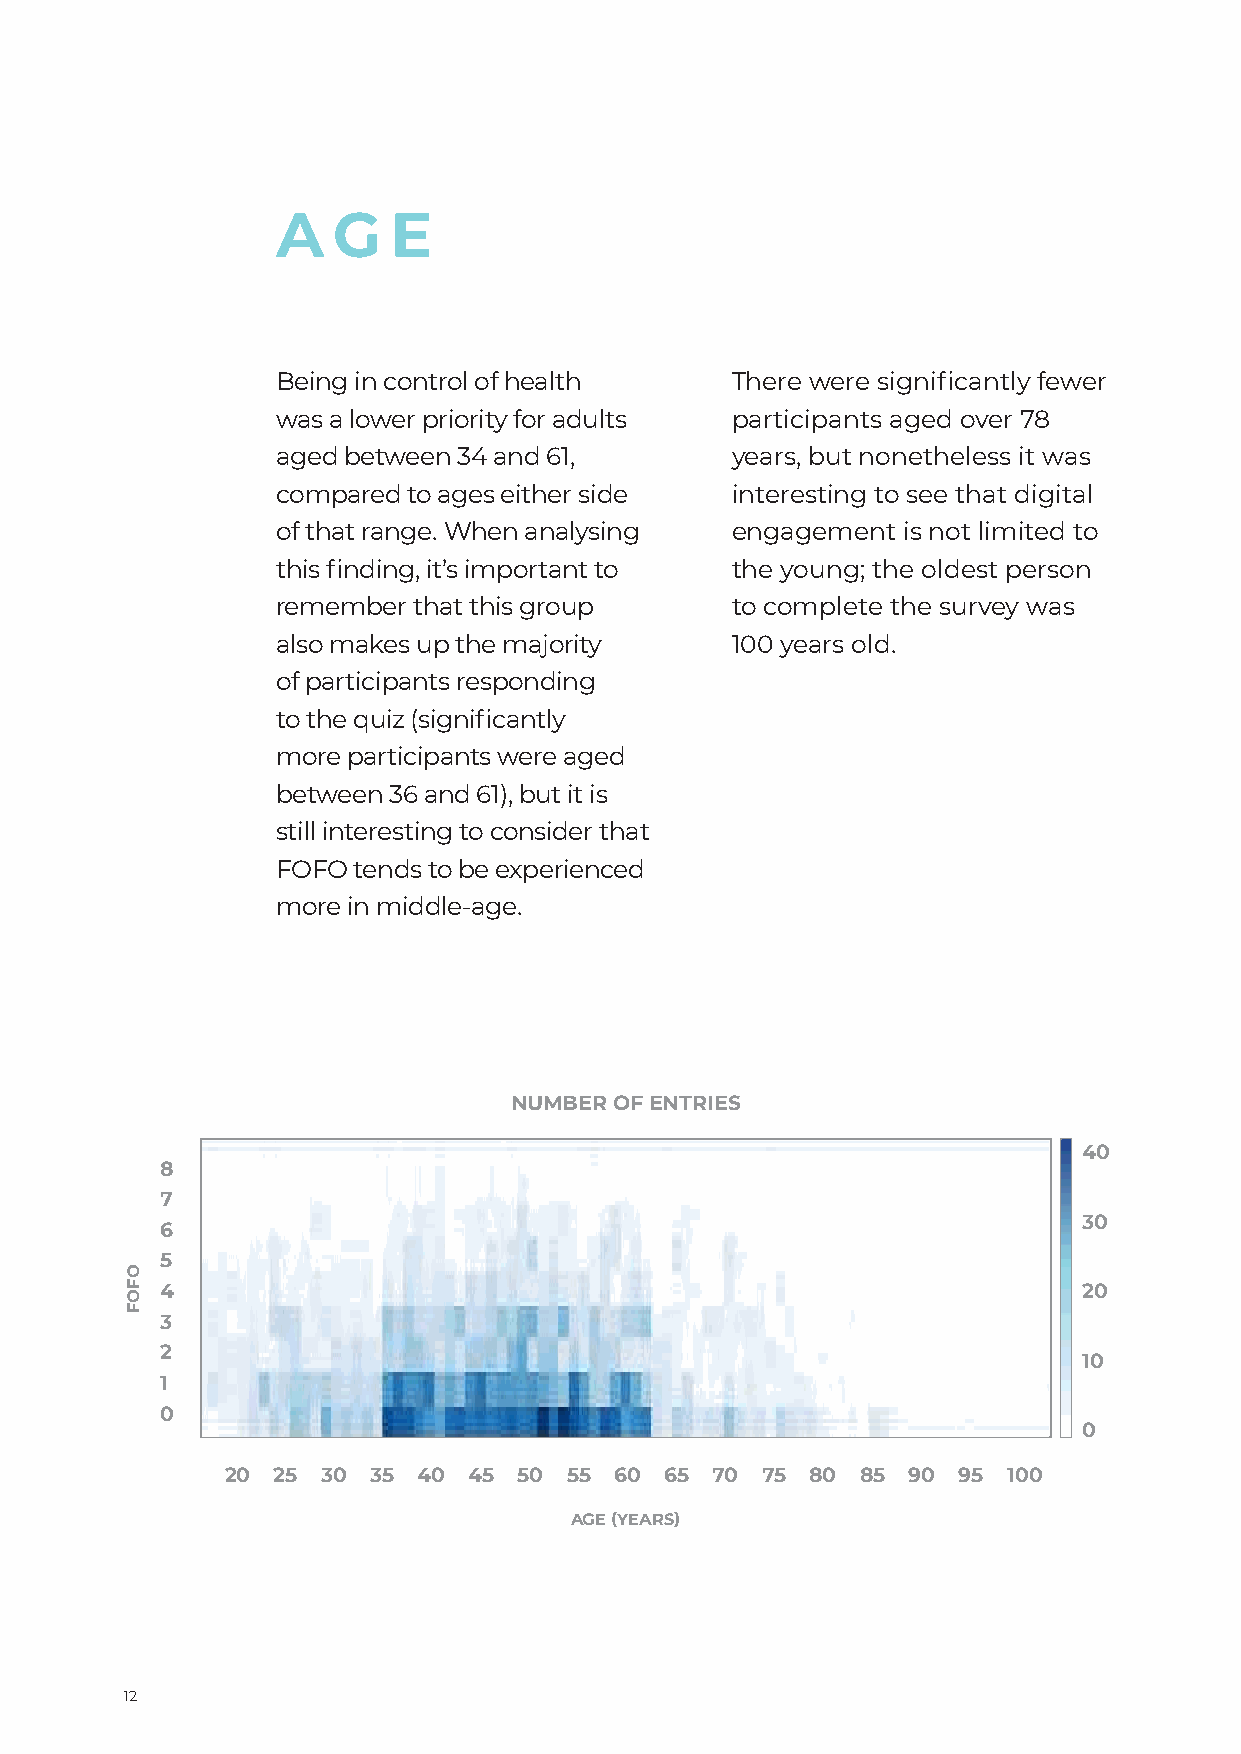
A   G   E
 Being in control of health    There were significantly fewer
 was a lower priority for adults participants aged over 78
 aged between 34 and 61,       years, but nonetheless it was
 compared to ages either side  interesting to see that digital
 of that range. When analysing engagement  is not limited to
 this finding, it’s important to the young; the oldest person
 remember that this group      to complete the survey was
 also makes up the majority    100 years old.
 of participants responding
 to the quiz (significantly
 more participants were aged
 between 36 and 61), but it is
 still interesting to consider that
 FOFO tends to be experienced
 more in middle-age.
 NUMBER OF ENTRIES
 40
 8
 7
 30
 6
 5
 4                                                            20
 3
 2
 10
 1
 0
 0
 20 25 30  35 40 45 50  55 60 65 70 75  80 85 90 95  100
 AGE (YEARS)
 12
 OFOF